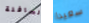
السافلة سعيدا